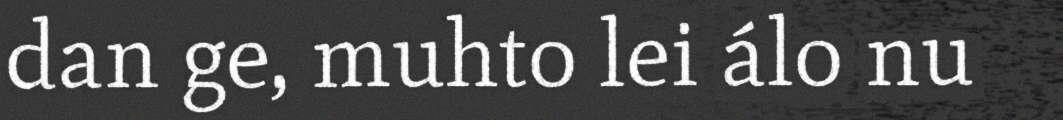
dan ge, muhto lei álo nu